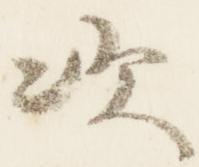
次